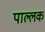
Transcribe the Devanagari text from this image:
पाल्लक